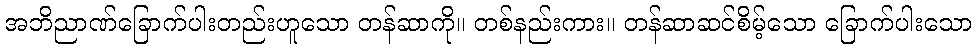
အဘိညာဏ်ခြောက်ပါးတည်းဟူသော တန်ဆာကို။ တစ်နည်းကား။ တန်ဆာဆင်စိမ့်သော ခြောက်ပါးသော